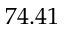
7 4 . 4 1